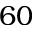
6 0